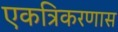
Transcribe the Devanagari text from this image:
एकत्रिकरणास